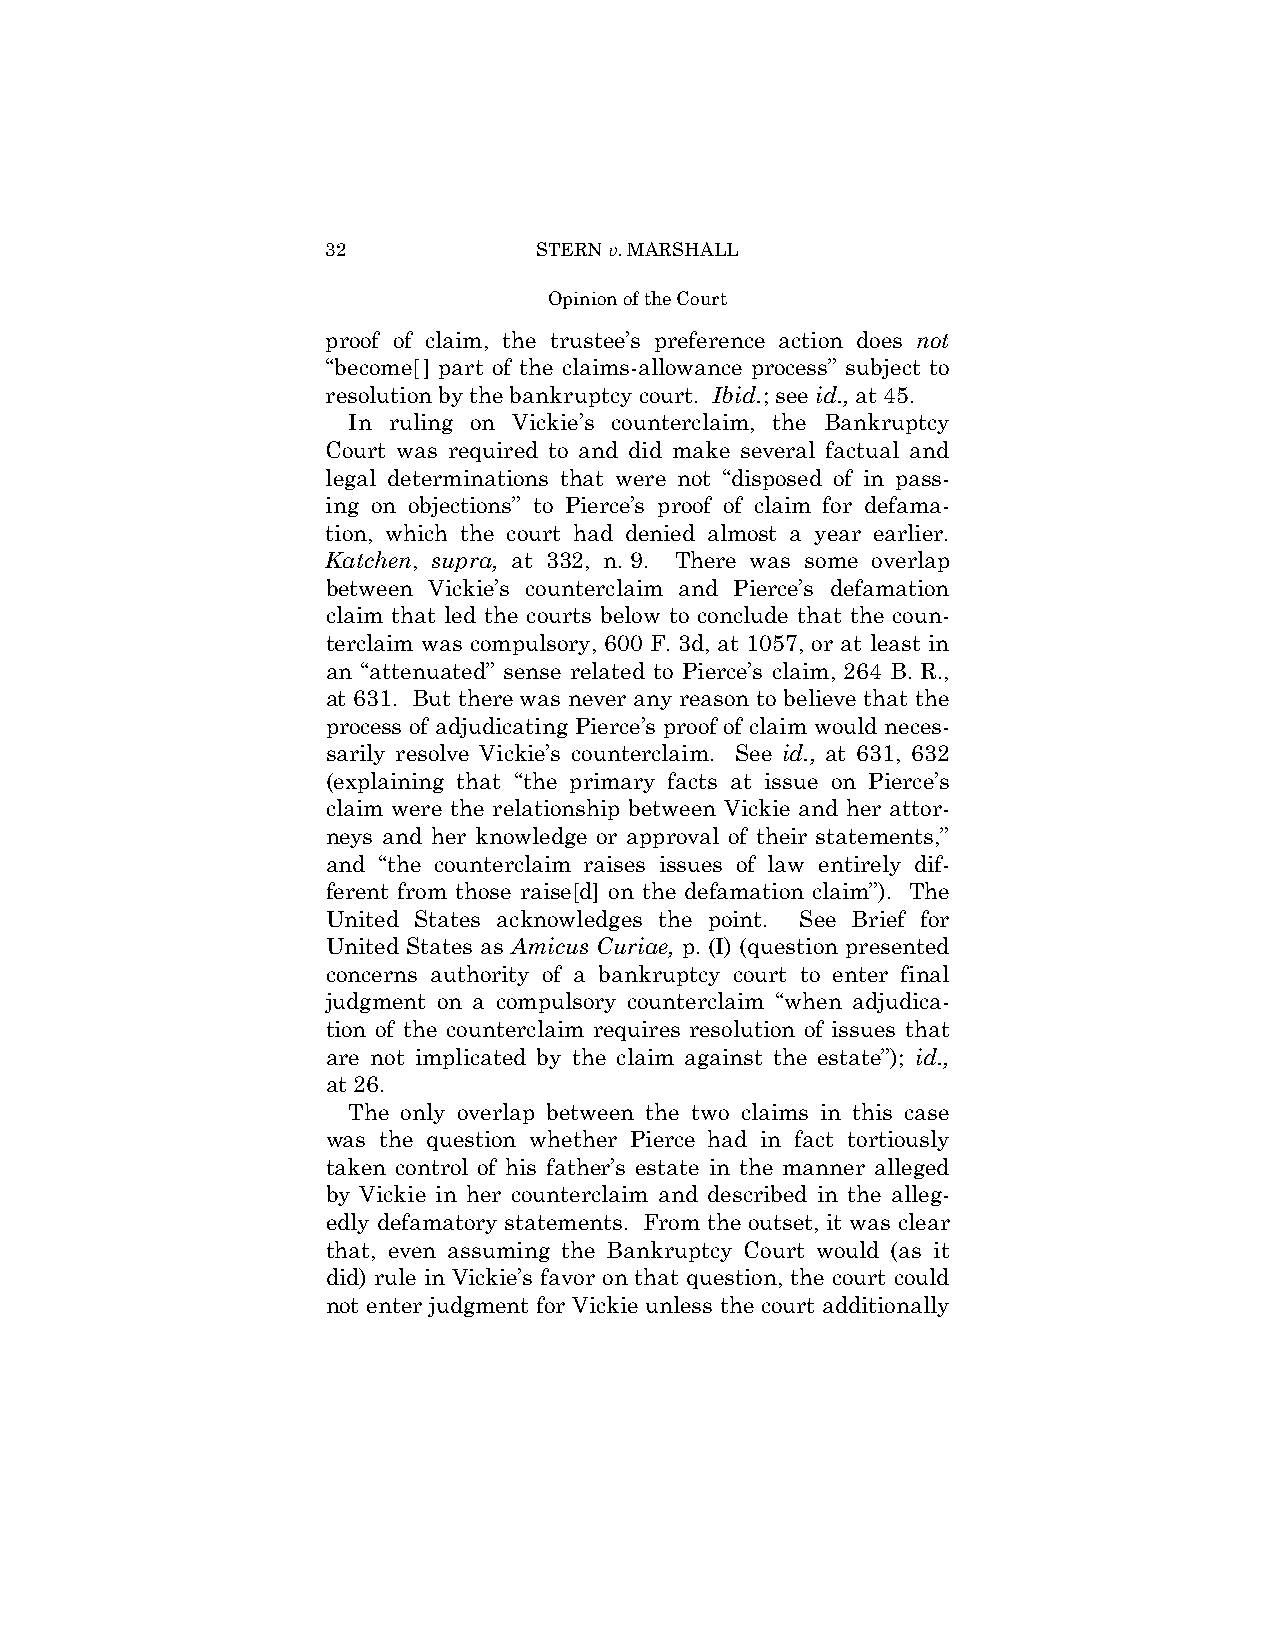
32            STERN v. MARSHALL
 Opinion of the Court
 proof of claim, the trustee’s preference action does not
 “become[] part of the claims-allowance process” subject to
 resolution by the bankruptcy court. Ibid.; see id., at 45.
 In ruling on Vickie’s counterclaim, the Bankruptcy
 Court was required to and did make several factual and
 legal determinations that were not “disposed of in pass-
 ing on objections” to Pierce’s proof of claim for defama-
 tion, which the court had denied almost a year earlier.
 Katchen, supra, at 332, n. 9. There was some overlap
 between Vickie’s counterclaim and Pierce’s defamation
 claim that led the courts below to conclude that the coun­
 terclaim was compulsory, 600 F. 3d, at 1057, or at least in
 an “attenuated” sense related to Pierce’s claim, 264 B. R.,
 at 631. But there was never any reason to believe that the
 process of adjudicating Pierce’s proof of claim would neces­
 sarily resolve Vickie’s counterclaim. See id., at 631, 632
 (explaining that “the primary facts at issue on Pierce’s
 claim were the relationship between Vickie and her attor­
 neys and her knowledge or approval of their statements,”
 and “the counterclaim raises issues of law entirely dif­
 ferent from those raise[d] on the defamation claim”). The
 United States acknowledges the point. See Brief for
 United States as Amicus Curiae, p. (I) (question presented
 concerns authority of a bankruptcy court to enter final
 judgment on a compulsory counterclaim “when adjudica­
 tion of the counterclaim requires resolution of issues that
 are not implicated by the claim against the estate”); id.,
 at 26.
 The only overlap between the two claims in this case
 was the question whether Pierce had in fact tortiously
 taken control of his father’s estate in the manner alleged
 by Vickie in her counterclaim and described in the alleg­
 edly defamatory statements. From the outset, it was clear
 that, even assuming the Bankruptcy Court would (as it
 did) rule in Vickie’s favor on that question, the court could
 not enter judgment for Vickie unless the court additionally